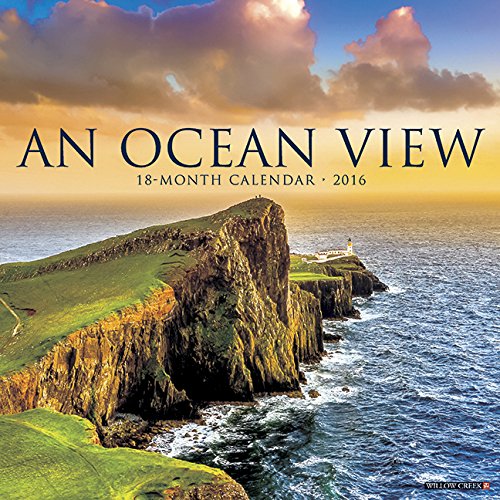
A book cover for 2016 Ocean View Wall Calendar; Willow Creek Press; Science & Math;